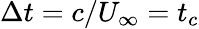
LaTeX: \Delta t=c/U_{\infty}=t_{c}